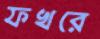
ফখরে